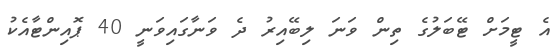
އެ ޓީމަށް ޓޭބަލުގެ ތިން ވަނަ ލިބޭއިރު ދެ ވަނާގައިވަނީ 40 ޕޮއިންޓާއެކު